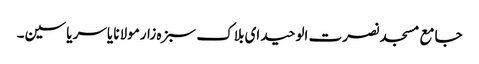
جامع مسجد نصرت الوحید ای بلاک سبزہ زارمولانا یاسر یاسین۔